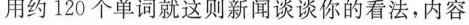
用约120 个单词就这则新闻谈谈你的看法,内容